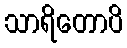
သာရိတောပိ